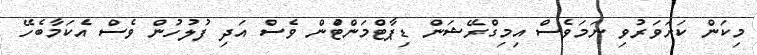
މިކަން ކަށަވަރުވި ނަމަވެސް އިމިގްރޭޝަން ޑިޕާޓްމަންޓްުން ވެސް އަދި ފުލުހުން ވެސް އެކަމާބެހޭ